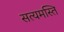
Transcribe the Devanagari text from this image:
सत्यमस्ति